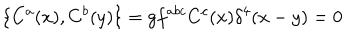
LaTeX: \{ C ^ { a } ( x ) , C ^ { b } ( y ) \} = g f ^ { a b c } C ^ { c } ( x ) \delta ^ { 4 } ( x - y ) = 0